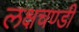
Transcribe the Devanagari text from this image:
लक्षचण्डी